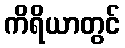
ကိရိယာတွင်